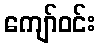
ကျော်ဝင်း